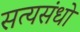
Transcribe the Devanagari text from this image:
सत्यसंधो